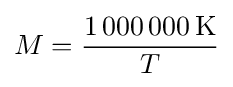
M={\frac {1\,000\,000\,{\text{K}}}{T}}